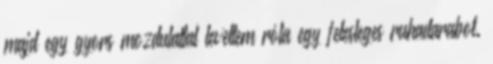
majd egy gyors mozdulattal levettem róla egy felesleges ruhadarabot.